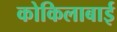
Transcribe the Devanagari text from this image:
कोकिलाबाई